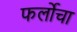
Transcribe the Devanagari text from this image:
फर्लोचा